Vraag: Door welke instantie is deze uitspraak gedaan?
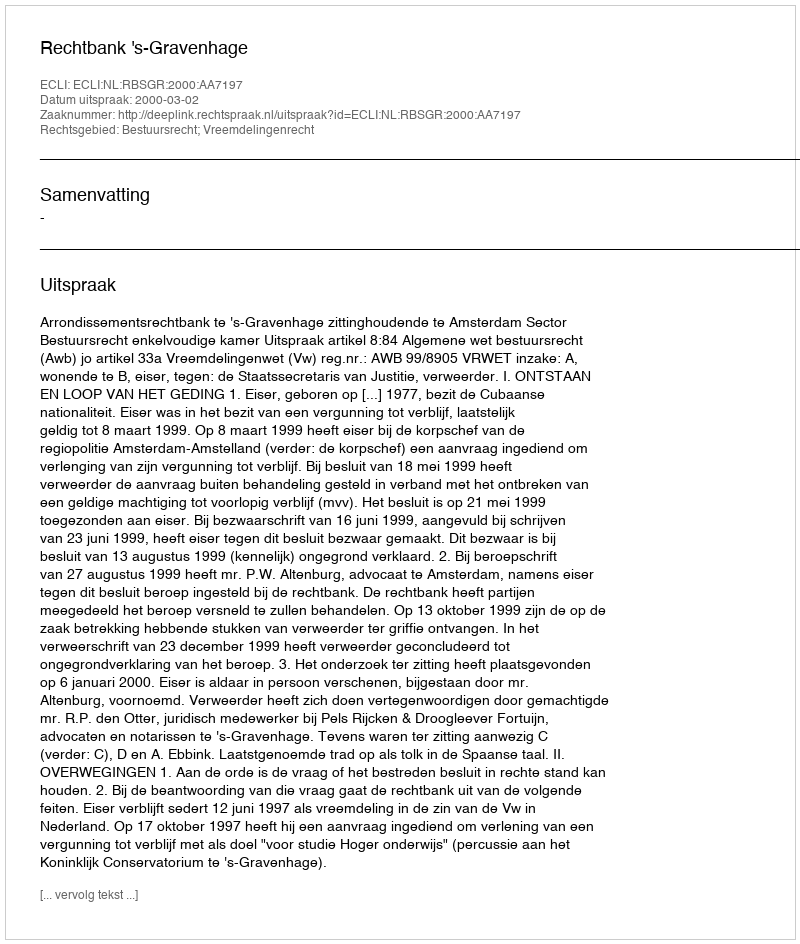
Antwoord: Rechtbank 's-Gravenhage